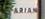
arian